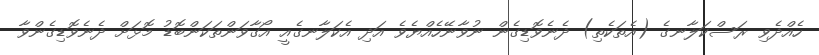
ހެއްދެވި ރަސްކަލާނގެ (އެތަކެތި) ދެނެވޮޑިގެން ނުވާނޭހެއްޔެވެ އަދި އެކަލާނގެއީ އޯގާވަންތަކަންބޮޑު މޮޅަށް ދެނެވޮޑިގެންވާ